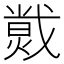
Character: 𱬄